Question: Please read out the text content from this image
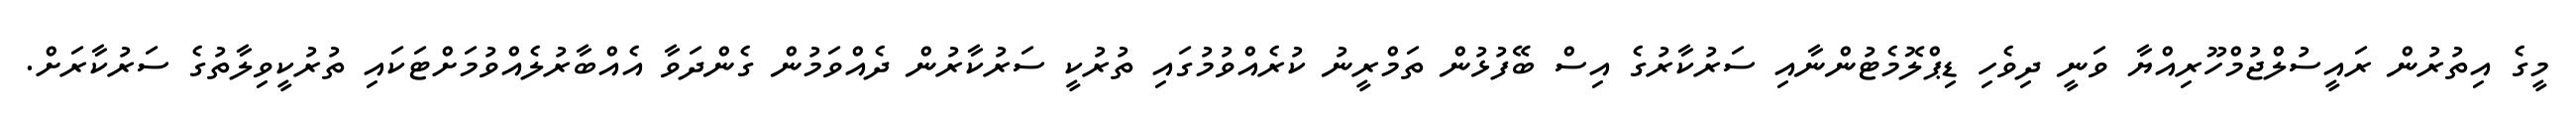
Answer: މީގެ އިތުރުން ރައީސުލްޖުމްހޫރިއްޔާ ވަނީ ދިވެހި ޑިޕްލޮމެޓުންނާއި ސަރުކާރުގެ އިސް ބޭފުޅުން ތަމްރީނު ކުރެއްވުމުގައި ތުރުކީ ސަރުކާރުން ދެއްވަމުން ގެންދަވާ އެއްބާރުލެއްވުމަށްޓަކައި ތުރުކީވިލާތުގެ ސަރުކާރަށް.